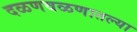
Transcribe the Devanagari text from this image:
दळणवळणातल्या